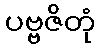
ပဗ္ဗဇိတုံ